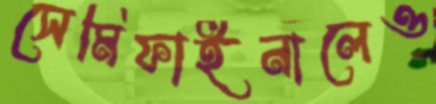
সেমিফাইনালেও